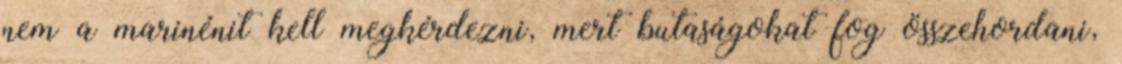
nem a marinénit kell megkérdezni, mert butaságokat fog összehordani,